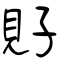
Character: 覎